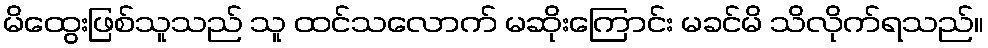
မိထွေးဖြစ်သူသည် သူ ထင်သလောက် မဆိုးကြောင်း မခင်မိ သိလိုက်ရသည်။